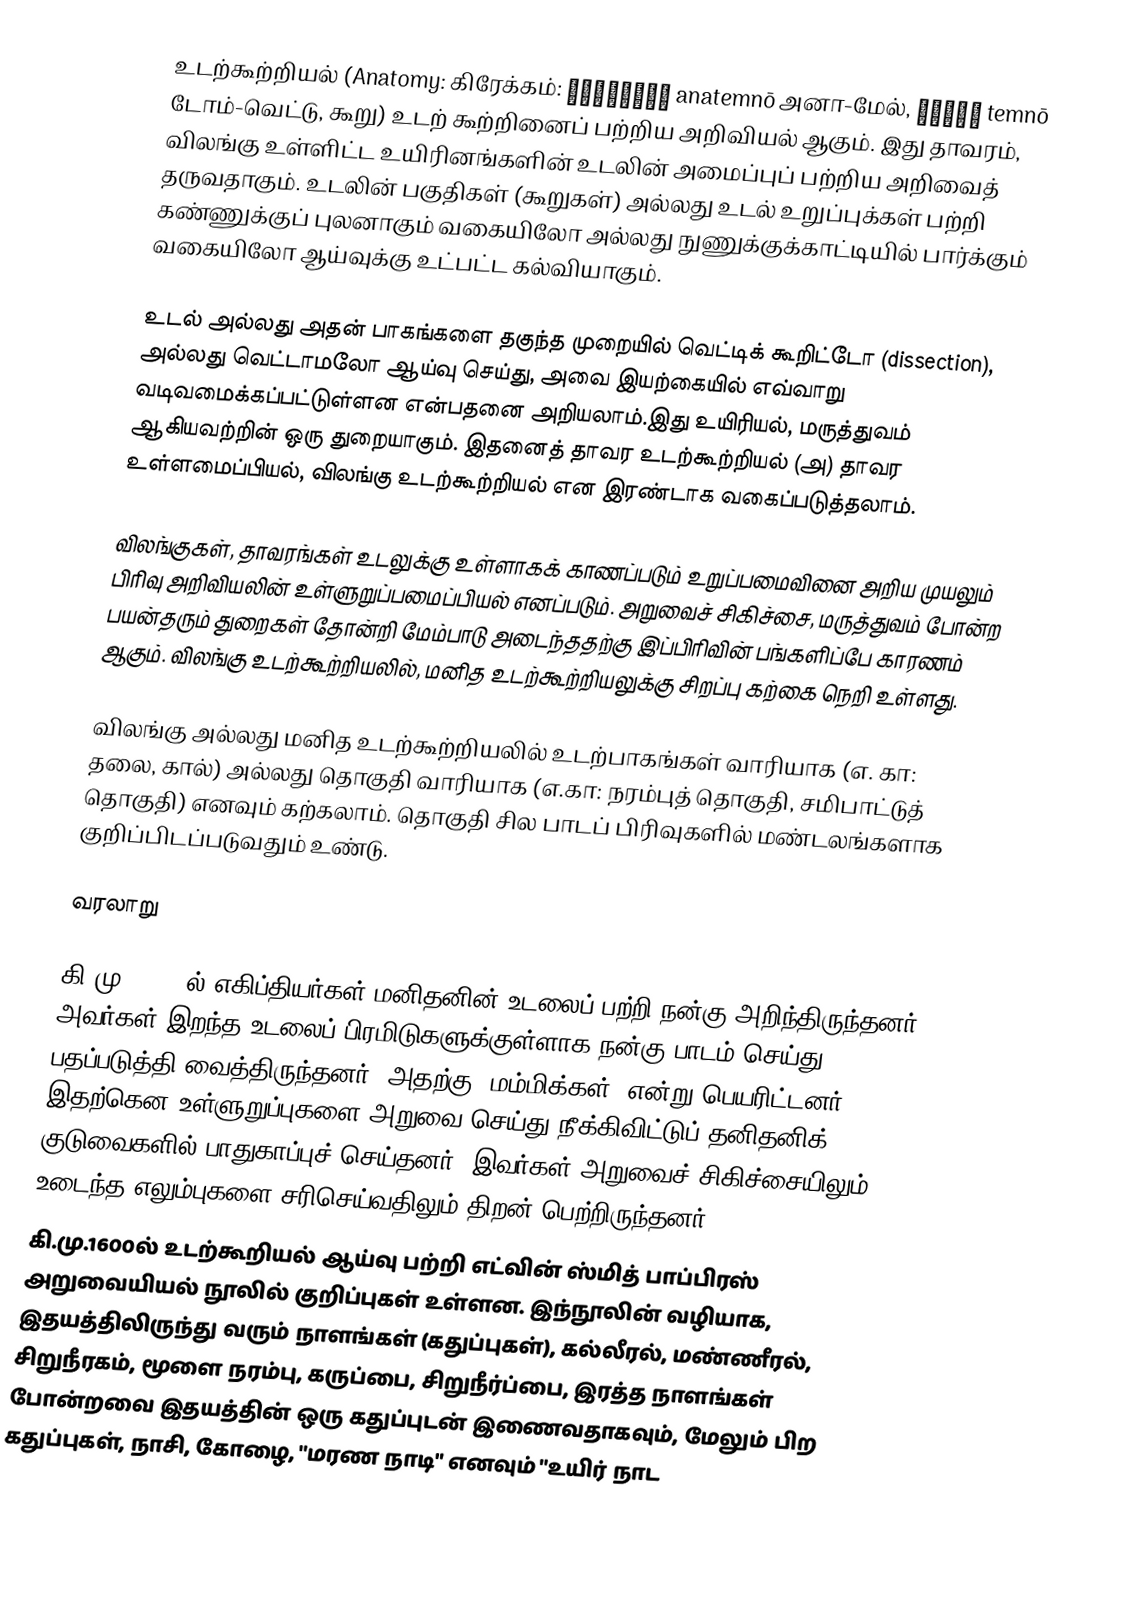
உடற்கூற்றியல் (Anatomy: கிரேக்கம்: ἀνατέμνω anatemnō அனா-மேல், τέμνω temnō டோம்-வெட்டு, கூறு) உடற் கூற்றினைப் பற்றிய அறிவியல் ஆகும். இது தாவரம், விலங்கு உள்ளிட்ட உயிரினங்களின் உடலின் அமைப்புப் பற்றிய அறிவைத் தருவதாகும். உடலின் பகுதிகள் (கூறுகள்) அல்லது உடல் உறுப்புக்கள் பற்றி கண்ணுக்குப் புலனாகும் வகையிலோ அல்லது நுணுக்குக்காட்டியில் பார்க்கும் வகையிலோ ஆய்வுக்கு உட்பட்ட கல்வியாகும்.

உடல் அல்லது அதன் பாகங்களை தகுந்த முறையில் வெட்டிக் கூறிட்டோ (dissection), அல்லது வெட்டாமலோ ஆய்வு செய்து, அவை இயற்கையில் எவ்வாறு வடிவமைக்கப்பட்டுள்ளன என்பதனை அறியலாம்.இது உயிரியல், மருத்துவம் ஆகியவற்றின் ஒரு துறையாகும். இதனைத் தாவர உடற்கூற்றியல் (அ) தாவர உள்ளமைப்பியல், விலங்கு உடற்கூற்றியல் என இரண்டாக வகைப்படுத்தலாம்.

விலங்குகள், தாவரங்கள் உடலுக்கு உள்ளாகக் காணப்படும் உறுப்பமைவினை அறிய முயலும் பிரிவு அறிவியலின் உள்ளுறுப்பமைப்பியல் எனப்படும். அறுவைச் சிகிச்சை, மருத்துவம் போன்ற பயன்தரும் துறைகள் தோன்றி மேம்பாடு அடைந்ததற்கு இப்பிரிவின் பங்களிப்பே காரணம் ஆகும். விலங்கு உடற்கூற்றியலில், மனித உடற்கூற்றியலுக்கு சிறப்பு கற்கை நெறி உள்ளது.

விலங்கு அல்லது மனித உடற்கூற்றியலில் உடற்பாகங்கள் வாரியாக (எ. கா: தலை, கால்) அல்லது தொகுதி வாரியாக (எ.கா: நரம்புத் தொகுதி, சமிபாட்டுத் தொகுதி) எனவும் கற்கலாம். தொகுதி சில பாடப் பிரிவுகளில் மண்டலங்களாக குறிப்பிடப்படுவதும் உண்டு.

வரலாறு

கி.மு. 2500 ல் எகிப்தியர்கள் மனிதனின் உடலைப் பற்றி நன்கு அறிந்திருந்தனர். அவர்கள் இறந்த உடலைப் பிரமிடுகளுக்குள்ளாக நன்கு பாடம் செய்து பதப்படுத்தி வைத்திருந்தனர். அதற்கு "மம்மிக்கள்" என்று பெயரிட்டனர். இதற்கென உள்ளுறுப்புகளை அறுவை செய்து நீக்கிவிட்டுப் தனிதனிக் குடுவைகளில் பாதுகாப்புச் செய்தனர். இவர்கள் அறுவைச் சிகிச்சையிலும், உடைந்த எலும்புகளை சரிசெய்வதிலும் திறன் பெற்றிருந்தனர்.
கி.மு.1600ல் உடற்கூறியல் ஆய்வு பற்றி எட்வின் ஸ்மித் பாப்பிரஸ் அறுவையியல் நூலில் குறிப்புகள் உள்ளன. இந்நூலின் வழியாக, இதயத்திலிருந்து வரும் நாளங்கள் (கதுப்புகள்), கல்லீரல், மண்ணீரல், சிறுநீரகம், மூளை நரம்பு, கருப்பை, சிறுநீர்ப்பை, இரத்த நாளங்கள் போன்றவை இதயத்தின் ஒரு கதுப்புடன் இணைவதாகவும், மேலும் பிற கதுப்புகள், நாசி, கோழை, "மரண நாடி" எனவும் "உயிர் நாட